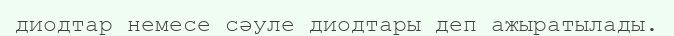
диодтар немесе сәуле диодтары деп ажыратылады.